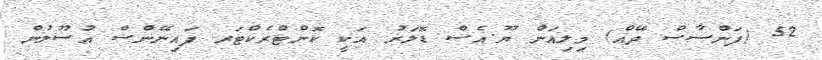
52 (ފަންސާސް ދޭއް) މިލިއަން ޔޫ.އެސް ޑޮލަރު އަކީ ކޮންޓްރެކްޓަރ ފައިނޭންސް އުސޫލުން